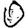
Digit: 0